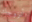
أتزوجك